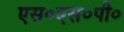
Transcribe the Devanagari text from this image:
एस०एस०पी०